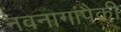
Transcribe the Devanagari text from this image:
नवनागांपैकी